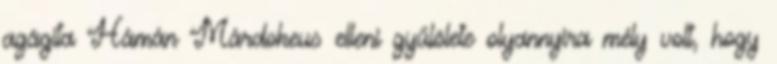
agágita Hámán Márdokeus elleni gyűlölete olyannyira mély volt, hogy